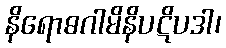
နိရောဓဂါမိနိပဋိပဒါ၊